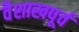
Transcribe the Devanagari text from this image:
वैशाखपूर्व